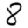
Digit: 8